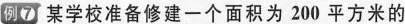
例7 某学校准备修建一个面积为200平方米的